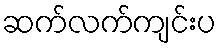
ဆက်လက်ကျင်းပ